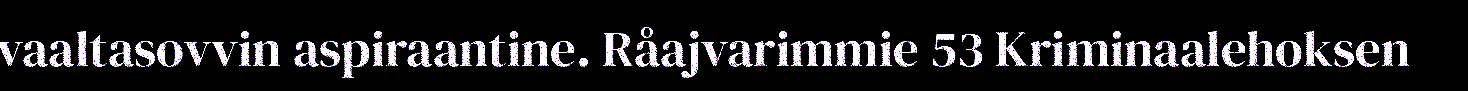
vaaltasovvin aspiraantine. Råajvarimmie 53 Kriminaalehoksen